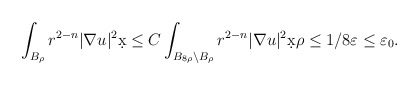
\begin{align*}\int_{B_{\rho}} r^{2-n} |\nabla u|^2 \d x &\leq C \int_{B_{8\rho} \setminus B_{\rho}} r^{2-n} |\nabla u|^2 \d x \rho \leq 1/8 \varepsilon \leq \varepsilon_0.\end{align*}